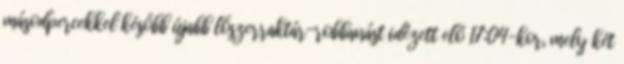
másodpercekkel később újabb lőszerraktár-robbanást idézett elő 17:04-kor, mely két